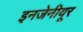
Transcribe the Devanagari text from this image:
इनजेनीयूर